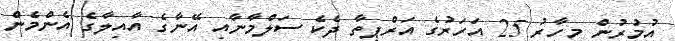
އުމުރުން މިހާރު 25 އަހަރުގެ އަރްޕިތާ ދެކެ ސަލްމާނާއި އޭނާގެ އާއިލާގެ އެންމެން